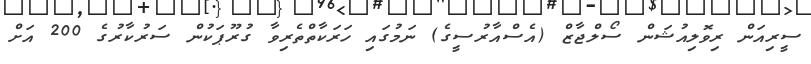
ސީރިއަން ރިވޮލިއުޝަން ސޯލްޖާޒް (އެސްއާރުސީގެ) ނަމުގައި ހަރަކާތްތެރިވާ ގުރޫޕަކުން ސަރުކާރުގެ 200 އަށް